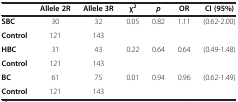
|  | Allele 2R | Allele 3R | χ2 | p | OR | CI (95%) |
 | --- | --- | --- | --- | --- | --- | --- |
 | SBC | 30 | 32 | <ROWSPAN=2> 0.05 | <ROWSPAN=2> 0.82 | <ROWSPAN=2> 1.11 | <ROWSPAN=2> (0.62-2.00) |
 | Control | 121 | 143 |
 | HBC | 31 | 43 | <ROWSPAN=2> 0.22 | <ROWSPAN=2> 0.64 | <ROWSPAN=2> 0.64 | <ROWSPAN=2> (0.49-1.48) |
 | Control | 121 | 143 |
 | BC | 61 | 75 | <ROWSPAN=2> 0.01 | <ROWSPAN=2> 0.94 | <ROWSPAN=2> 0.96 | <ROWSPAN=2> (0.62-1.49) |
 | Control | 121 | 143 |